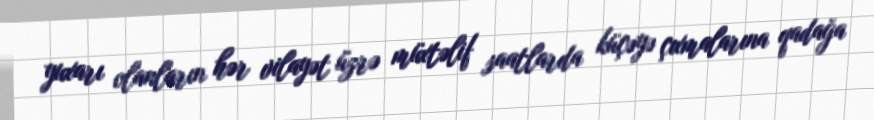
yuxarı olanların hər vilayət üzrə müxtəlif saatlarda küçəyə çıxmalarına qadağa